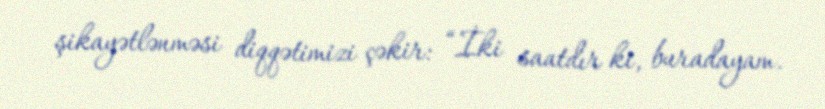
şikayətlənməsi diqqətimizi çəkir: “İki saatdır ki, buradayam.